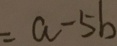
= a - 5 b